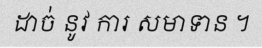
ដាច់ នូវ ការ សមាទាន ។